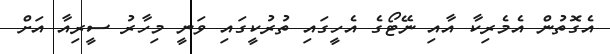
އެގޮތުން އެމެރިކާ އާއި ނޭޓޯގެ އެހީގައި ތުރުކީގައި ވަނީ މިހާރު ސީރިއާ އަށް